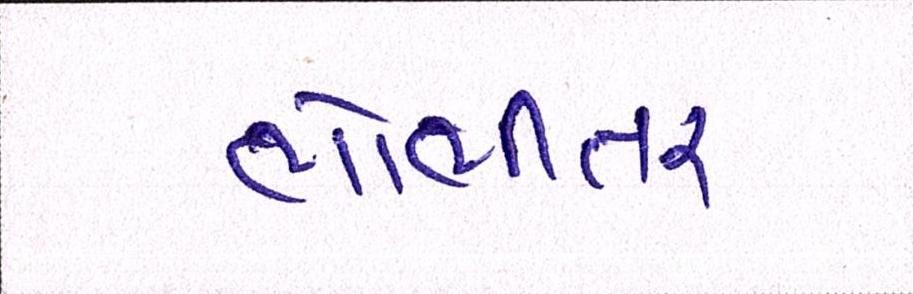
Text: ભોભીતર